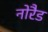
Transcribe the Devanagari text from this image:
नोरैड